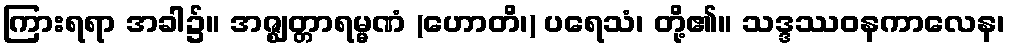
ကြားရရာ အခါ၌။ အဇ္ဈတ္တာရမ္မဏံ (ဟောတိ၊) ပရေသံ၊ တို့၏။ သဒ္ဒဿဝနကာလေန၊